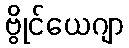
ဗွိုင်ယေဂျာ